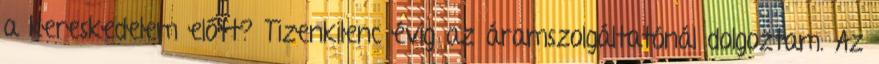
a kereskedelem előtt? Tizenkilenc évig az áramszolgáltatónál dolgoztam. Az